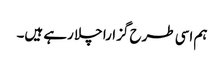
ہم اسی طرح گزارا چلا رہے ہیں۔